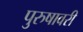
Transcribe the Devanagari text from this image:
पुरुषावरी